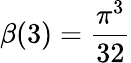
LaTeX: \beta(3)=\frac{\pi^{3}}{32}